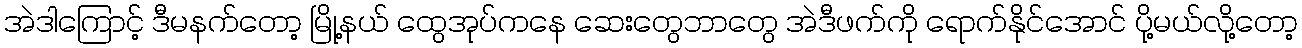
အဲဒါကြောင့် ဒီမနက်တော့ မြို့နယ် ထွေအုပ်ကနေ ဆေးတွေဘာတွေ အဲဒီဖက်ကို ရောက်နိုင်အောင် ပို့မယ်လို့တော့